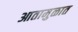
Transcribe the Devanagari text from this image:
आतामुळात